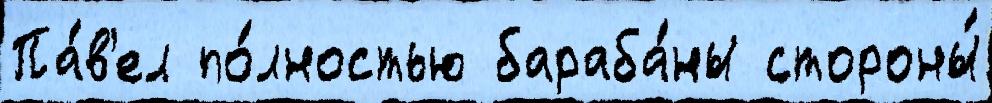
Па́в'ел по́лностью бараба́ны стороны́